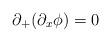
LaTeX: \begin{align*}\partial_{+}(\partial_x\phi)=0\end{align*}